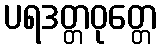
ပရဒတ္တဝုတ္တေ